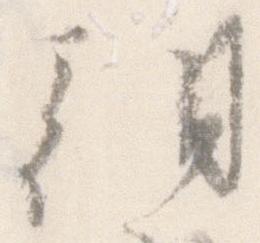
朝